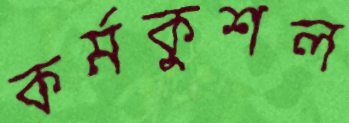
কর্মকুশল